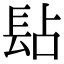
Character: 𨱬